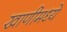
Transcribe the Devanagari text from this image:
खाणीमध्ये